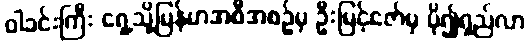
ဝါခင်းကြီး ရှေ့သို့မြန်မာအစီအစဉ်မှ ဦးမြင့်ဇော်မှ ပို၍ရှည်လာ